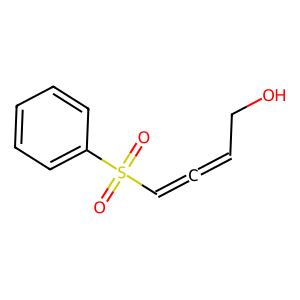
SMILES: O=S(=O)(C=C=CCO)c1ccccc1
Inhibits HIV replication: No